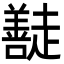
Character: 𭌠